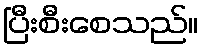
ပြီးစီးစေသည်။